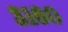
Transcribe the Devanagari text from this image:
३१६०